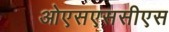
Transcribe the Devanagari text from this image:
ओएसएससीएस